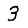
Digit: 3